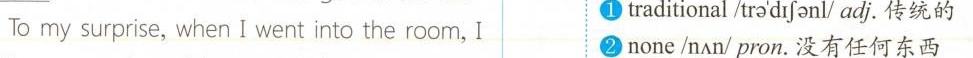
①traditional/tra'difoanl/adj.传统的 _To my surprise, when I went into the room, I ②none/nn/pron.没有任何东西